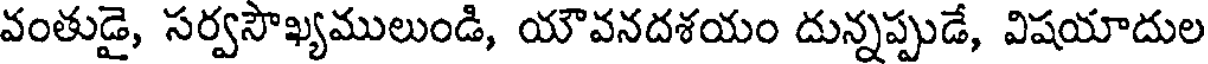
వంతుడై, సర్వసౌఖ్యములుండి, యౌవనదశయం దున్నప్పుడే, విషయాదుల